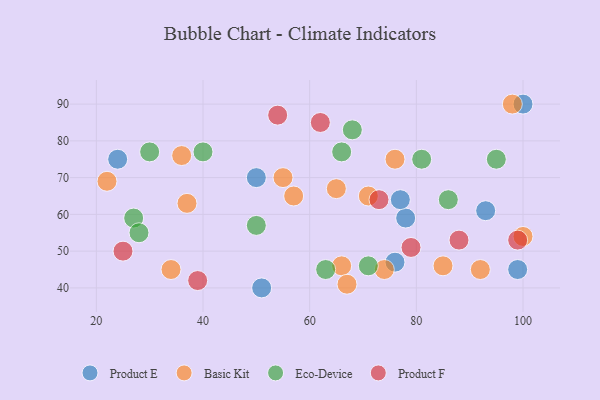
{"axis": {"x": "GDP", "y": "Life Expectancy"}, "legend": ["Basic Kit", "Eco-Device", "Product E", "Product F"], "data": [{"x": "93", "y": 61, "type": "Product E"}, {"x": "99", "y": 45, "type": "Product E"}, {"x": "76", "y": 47, "type": "Product E"}, {"x": "50", "y": 70, "type": "Product E"}, {"x": "24", "y": 75, "type": "Product E"}, {"x": "78", "y": 59, "type": "Product E"}, {"x": "100", "y": 90, "type": "Product E"}, {"x": "77", "y": 64, "type": "Product E"}, {"x": "51", "y": 40, "type": "Product E"}, {"x": "66", "y": 46, "type": "Basic Kit"}, {"x": "34", "y": 45, "type": "Basic Kit"}, {"x": "98", "y": 90, "type": "Basic Kit"}, {"x": "85", "y": 46, "type": "Basic Kit"}, {"x": "71", "y": 65, "type": "Basic Kit"}, {"x": "55", "y": 70, "type": "Basic Kit"}, {"x": "92", "y": 45, "type": "Basic Kit"}, {"x": "67", "y": 41, "type": "Basic Kit"}, {"x": "22", "y": 69, "type": "Basic Kit"}, {"x": "76", "y": 75, "type": "Basic Kit"}, {"x": "65", "y": 67, "type": "Basic Kit"}, {"x": "100", "y": 54, "type": "Basic Kit"}, {"x": "37", "y": 63, "type": "Basic Kit"}, {"x": "57", "y": 65, "type": "Basic Kit"}, {"x": "74", "y": 45, "type": "Basic Kit"}, {"x": "36", "y": 76, "type": "Basic Kit"}, {"x": "27", "y": 59, "type": "Eco-Device"}, {"x": "68", "y": 83, "type": "Eco-Device"}, {"x": "40", "y": 77, "type": "Eco-Device"}, {"x": "63", "y": 45, "type": "Eco-Device"}, {"x": "50", "y": 57, "type": "Eco-Device"}, {"x": "71", "y": 46, "type": "Eco-Device"}, {"x": "95", "y": 75, "type": "Eco-Device"}, {"x": "81", "y": 75, "type": "Eco-Device"}, {"x": "86", "y": 64, "type": "Eco-Device"}, {"x": "30", "y": 77, "type": "Eco-Device"}, {"x": "66", "y": 77, "type": "Eco-Device"}, {"x": "28", "y": 55, "type": "Eco-Device"}, {"x": "73", "y": 64, "type": "Product F"}, {"x": "62", "y": 85, "type": "Product F"}, {"x": "99", "y": 53, "type": "Product F"}, {"x": "39", "y": 42, "type": "Product F"}, {"x": "79", "y": 51, "type": "Product F"}, {"x": "88", "y": 53, "type": "Product F"}, {"x": "54", "y": 87, "type": "Product F"}, {"x": "25", "y": 50, "type": "Product F"}]}